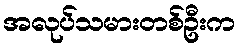
အလုပ်သမားတစ်ဦးက